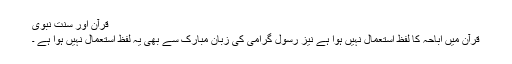
قرآن اور سنت نبوی
قرآن میں اباحہ کا لفظ استعمال نہیں ہوا ہے نیز رسول گرامی کی زبان مبارک سے بھی یہ لفظ استعمال نہیں ہوا ہے ۔